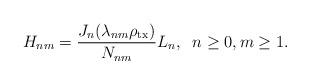
LaTeX: \begin{align*} H_{nm}={\frac{{{J_n}({\lambda _{nm}}{\rho _{\rm tx}})}}{{{N_{nm}}}}}L_n, \;\;n\geq0, m\geq 1. \end{align*}